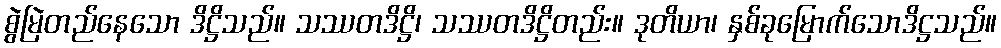
စွဲမြဲတည်နေသော ဒိဋ္ဌိသည်။ သဿတဒိဋ္ဌိ၊ သဿတဒိဋ္ဌိတည်း။ ဒုတိယာ၊ နှစ်ခုမြောက်သောဒိဋ္ဌသည်။